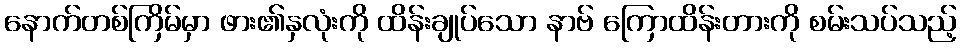
နောက်တစ်ကြိမ်မှာ ဖား၏နှလုံးကို ထိန်းချုပ်သော နာဗ် ကြောထိန်းတားကို စမ်းသပ်သည့်